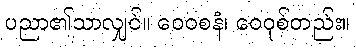
ပညာ၏သာလျှင်။ ဝေဝစနံ၊ ဝေဝုစ်တည်း။